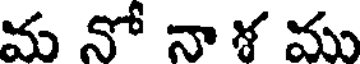
మ నో నా ళ ము